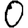
Digit: 0